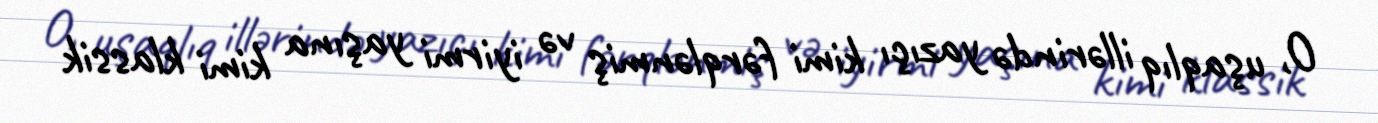
O, uşaqlıq illərində yazıçı kimi fərqlənmiş və iyirmi yaşına kimi klassik